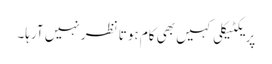
پریکٹیکلی کہیں بھی کام ہوتا نظر نہیں آرہا۔